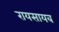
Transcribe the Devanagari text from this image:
रायसायब